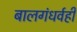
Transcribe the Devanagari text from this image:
बालगंधर्वही